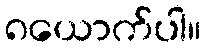
၈ယောက်ပါ။